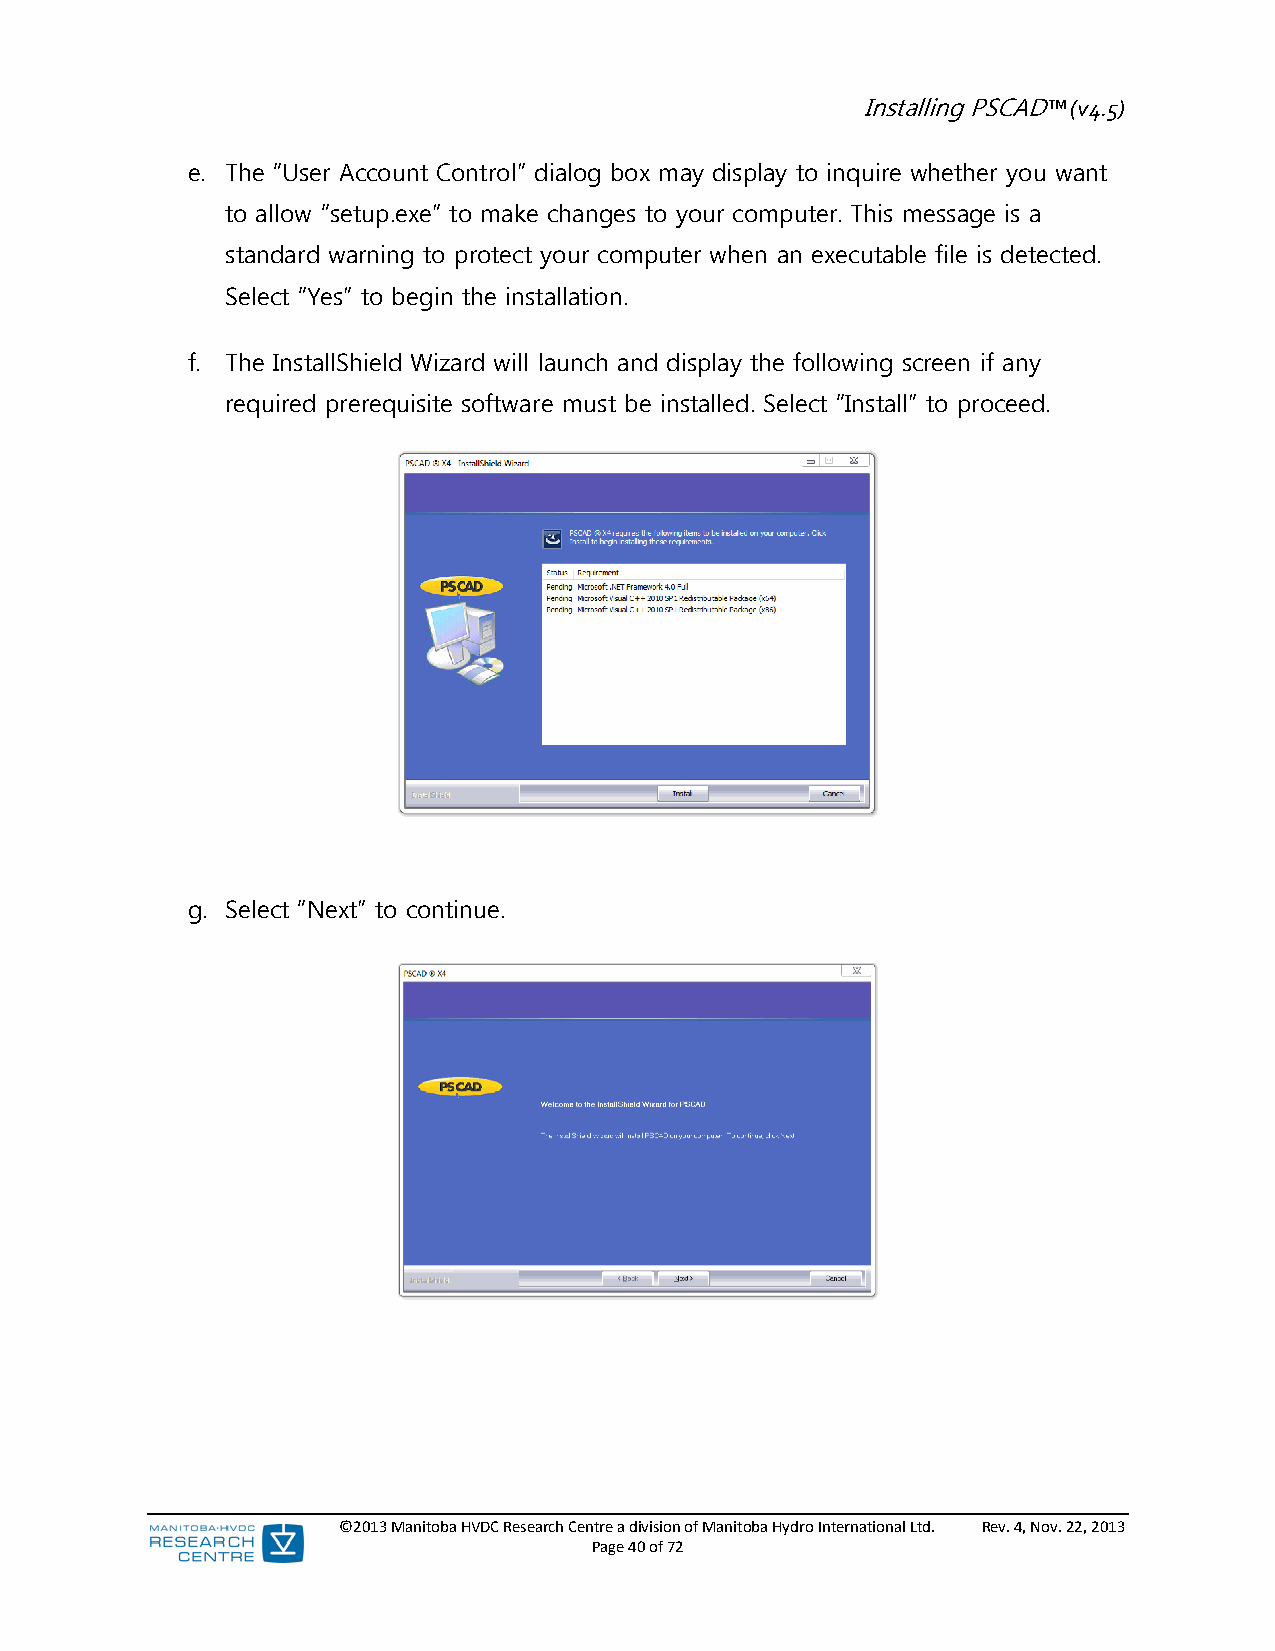
Installing PSCAD™ (v4.5)
 e. The “User Account Control” dialog box may display to inquire whether you want
 to allow “setup.exe” to make changes to your computer. This message is a
 standard warning to protect your computer when an executable file is detected.
 Select “Yes” to begin the installation.
 f. The InstallShield Wizard will launch and display the following screen if any
 required prerequisite software must be installed. Select “Install” to proceed.
 g. Select “Next” to continue.
 ©2013 Manitoba HVDC Research Centre a division of Manitoba Hydro International Ltd. Rev. 4, Nov. 22, 2013
 Page 40 of 72